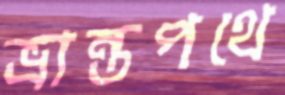
ভ্রান্তপথে